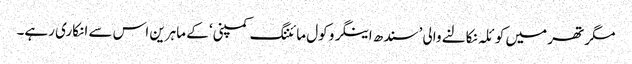
مگر تھر میں کوئلہ نکالنے والی ’سندھ اینگرو کول مائننگ کمپنی‘ کے ماہرین اس سے انکاری رہے۔